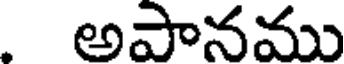
అపానము